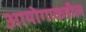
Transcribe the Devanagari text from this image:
आयोगाकडील